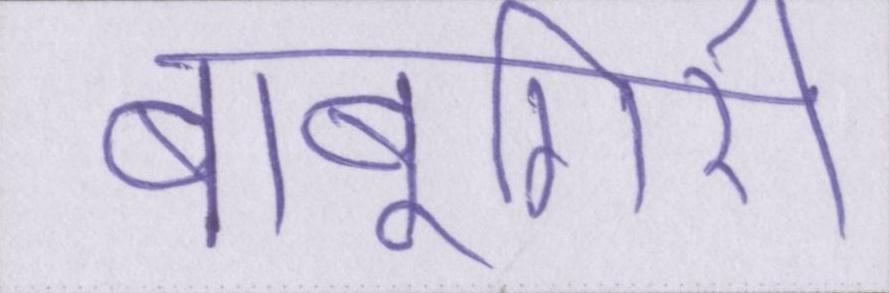
बाबूगिरी